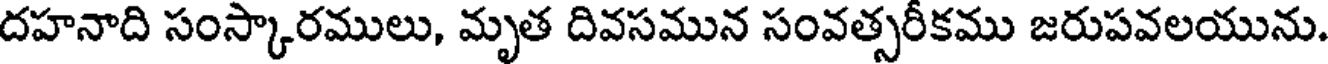
దహనాది సంస్కారములు, మృత దివసమున సంవత్సరీకము జరుపవలయును.